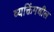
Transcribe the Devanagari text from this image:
व्यक्तिंमधील